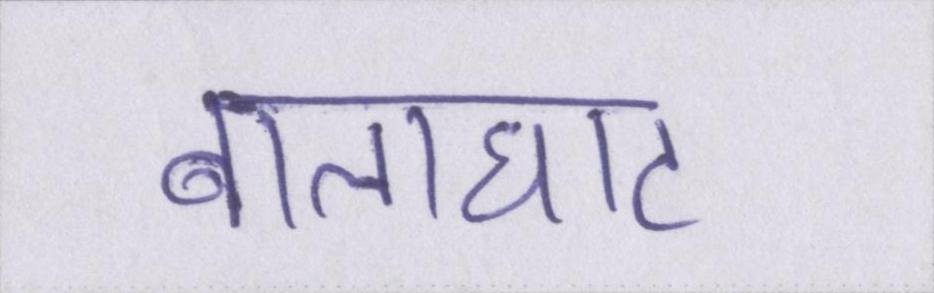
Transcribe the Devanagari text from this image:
बालाघाट